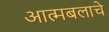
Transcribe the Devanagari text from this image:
आत्मबलाचे